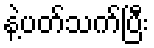
နဲ့ပတ်သက်ပြီး